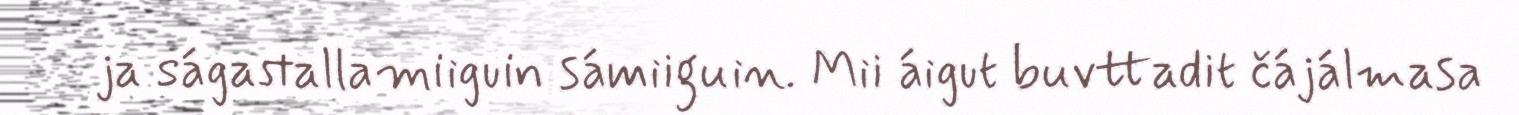
ja ságastallamiiguin sámiiguin. Mii áigut buvttadit čájálmasa